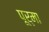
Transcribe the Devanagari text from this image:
पूर्मा